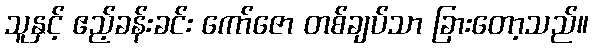
သူနှင့် ဧည့်ခန်းခင်း ကော်ဇော တစ်ချပ်သာ ခြားတော့သည်။